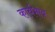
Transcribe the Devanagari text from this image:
कार्यभाव